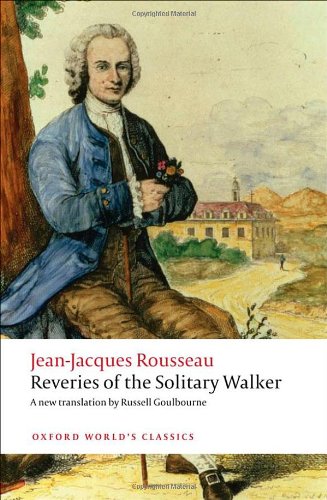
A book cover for Reveries of the Solitary Walker (Oxford World's Classics); Jean-Jacques Rousseau; Politics & Social Sciences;